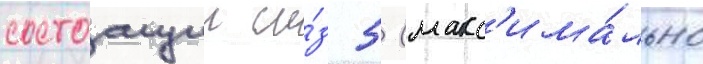
состоащии и́з 5 (макс'има́льно